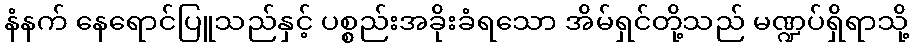
နံနက် နေရောင်ပြူသည်နှင့် ပစ္စည်းအခိုးခံရသော အိမ်ရှင်တို့သည် မဏ္ဍပ်ရှိရာသို့